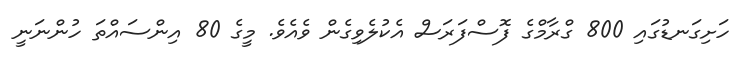
ހަށިގަނޑުގައި 800 ގްރާމްގެ ފޮސްފަރަސް އެކުލެވިގެން ވެއެވެ. މީގެ 80 އިންސައްތަ ހުންނަނީ